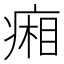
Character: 𤷼